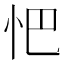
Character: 𢗌